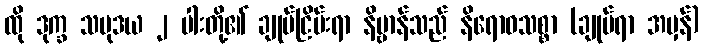
ထို ဒုက္ခ သမုဒယ ၂ ပါးတို့၏ ချုပ်ငြိမ်းရာ နိဗ္ဗာန်သည် နိရောဓသစ္စာ (ချုပ်ရာ အမှန်)